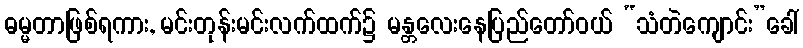
ဓမ္မတာဖြစ်ရကား, မင်းတုန်းမင်းလက်ထက်၌ မန္တလေးနေပြည်တော်ဝယ် “သံတဲကျောင်း”ခေါ်